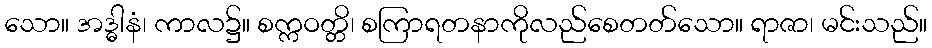
သော။ အဒ္ဓါနံ၊ ကာလ၌။ စက္ကဝတ္တိ၊ စကြာရတနာကိုလည်စေတတ်သော။ ရာဇာ၊ မင်းသည်။